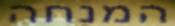
המנחה